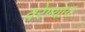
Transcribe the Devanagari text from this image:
वरेण्याय